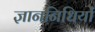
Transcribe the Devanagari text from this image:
ज्ञाननिधियों